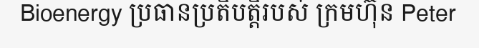
Bioenergy ប្រធានប្រតិបត្តិរបស់ ក្រមហ៊ុន Peter